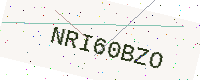
Text: NRI60BZO